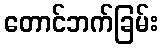
တောင်ဘက်ခြမ်း